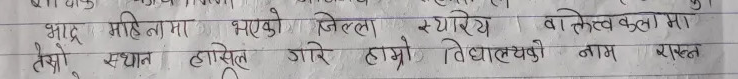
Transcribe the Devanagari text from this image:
भाद्र महिलामा भएको जिल्ला स्तरीय वाक्तित्वकलामा
तेस्रो स्थान हासिल गरि हाम्रो विद्यालयको नाम राख्न